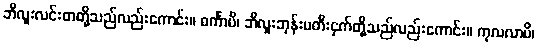
ဘီလူးလင်းတတို့သည်လည်းကောင်း။ ဓင်္ကာပိ၊ ဘီလူးဘုန်းမတီးငှက်တို့သည်လည်းကောင်း။ ကုလလာပိ၊